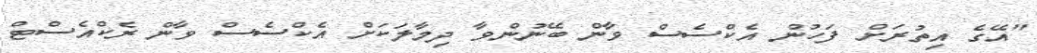
"އޭގެ އިތުރަށް ފަހުން އެކްސެސް ވާން ބޭނުންވާ ދިމާލަކަށް އެކްސެސް ވާން ރެކްއެސްޓް